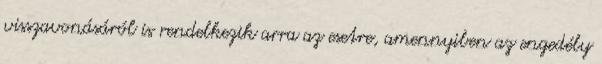
visszavonásáról is rendelkezik arra az esetre, amennyiben az engedély